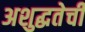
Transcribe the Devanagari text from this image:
अशुद्धतेची